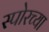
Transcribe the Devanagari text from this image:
स्पोरच्या